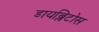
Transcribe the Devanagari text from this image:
डायब्लिटोस